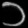
Digit: ၁